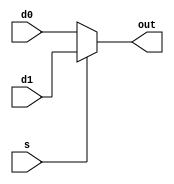
`timescale 1ns / 1ps
//////////////////////////////////////////////////////////////////////////////////
// Company: 
// Engineer: 
// 
// Design Name: 
// Module Name:    mux21 
// Project Name: 
// Target Devices: 
// Tool versions: 
// Description: 
//
// Dependencies: 
//
// Revision: 
// Revision 0.01 - File Created
// Additional Comments: 
//
//////////////////////////////////////////////////////////////////////////////////

// Multiplexer component
module mux21_4bit(
    input [3:0] d0,
    input [3:0] d1,
    input s,
    output [3:0] out
    );
	
	assign out = s ? d1 : d0;

endmodule